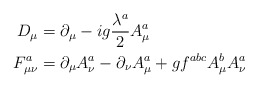
\begin{align*}D_\mu &= \partial_\mu - ig \frac{\lambda^a}{2} A^a_\mu \\F^a_{\mu\nu} &= \partial_\mu A^a_\nu - \partial_\nu A^a_\mu + g f^{abc} A^b_\mu A^a_\nu \end{align*}